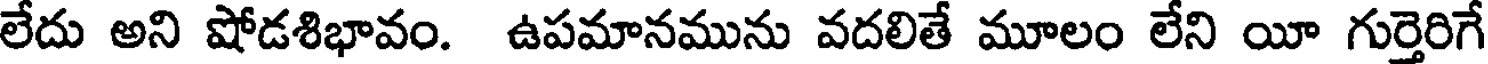
లేదు అని షోడశిభావం. ఉపమానమును వదలితే మూలం లేని యీ గుర్తెరిగే